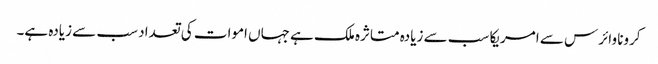
کرونا وائرس سے امریکا سب سے زیادہ متاثرہ ملک ہے جہاں اموات کی تعداد سب سے زیادہ ہے۔